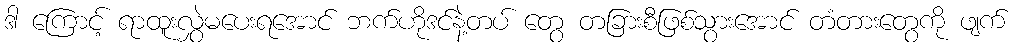
ဒါ ကြောင့် ရာထူးလွှဲမပေးရအောင် ဘက်ဟိုဒင်နဲ့တပ် တွေ တခြားစီဖြစ်သွားအောင် တံတားတွေကို ဖျက်